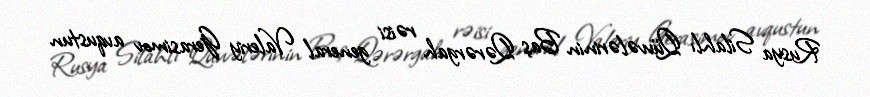
Rusya Silahlı Qüvvələrinin Baş Qərərgah rəisi general Valeriy Gerasimov avqustun